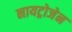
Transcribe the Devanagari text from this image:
नायट्रोजेन